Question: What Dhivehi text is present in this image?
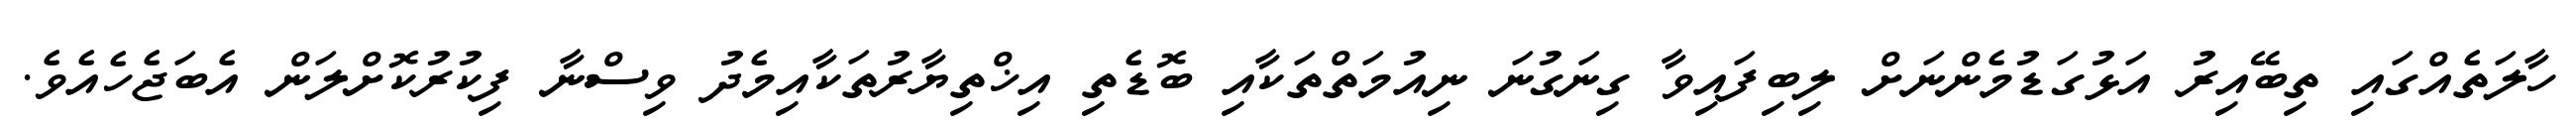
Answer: ހާލަތެއްގައި ތިބޭއިރު އަޅުގަޑުމެންނަށް ލިބިފައިވާ ގިނަގުނަ ނިއުމަތްތަކާއި ބޮޑެތި އިޚްތިޔާރުތަކާއިމެދު ވިސްނާ ފިކުރުކޮށްލަން އެބަޖެހެއެވެ.